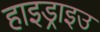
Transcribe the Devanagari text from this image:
हाइड्राइउ